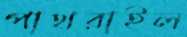
পাথরাইল